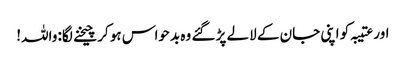
اور عتیبہ کو اپنی جان کے لالے پڑ گئے وہ بدحواس ہو کر چیخنے لگا: واللہ!